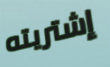
إشتريته